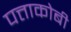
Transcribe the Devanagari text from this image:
पत्ताकोबी